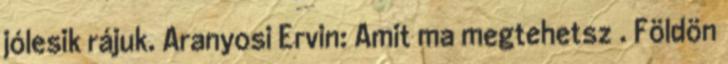
jólesik rájuk. Aranyosi Ervin: Amit ma megtehetsz . Földön